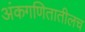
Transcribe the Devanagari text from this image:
अंकगणितातीलच